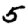
Digit: 5